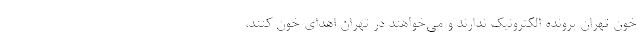
خون تهران پرونده الکترونیک ندارند و می‌خواهند در تهران اهدای خون کنند،